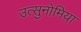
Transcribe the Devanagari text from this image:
उत्सुनोमिया